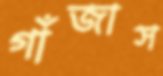
গাঁজাস